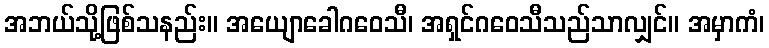
အဘယ်သို့ဖြစ်သနည်း။ အယျောခေါဂဝေသီ၊ အရှင်ဂဝေသီသည်သာလျှင်။ အမှာကံ၊